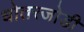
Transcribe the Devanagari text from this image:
धोतरजोडी